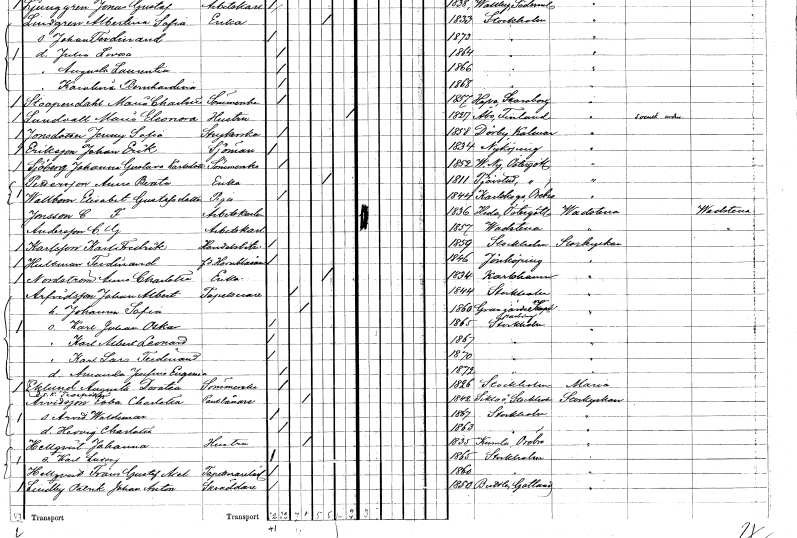
gt_parse: households: individuals: FN: Maria Charlotta
EN: Stoopendahl
YRKE: Sömmerska
KON: K
CIV: O
FODAR: 1857
FODFORS: Hova Skaraborgs län
FN: Maria Eleonora
EN: Lundvall
YRKE: Hustru
KON: K
CIV: X
FODAR: 1827
FN: Jenny Sofia
EN: Jonsdotter
YRKE: Strykerska
KON: K
CIV: O
FODAR: 1858
FODFORS: Dörby Kalmar län
FN: Johan Erik
EN: Eriksson
YRKE: Sjöman
KON: M
CIV: O
FODAR: 1834
FODFORS: Nyköping Södermanlands län
FN: Johanna Gustava
EN: Sjöberg Karlsdotter
YRKE: Sömmerska
KON: K
CIV: O
FODAR: 1852
FODFORS: Västra Ny Östergötlands län
FN: Anna Beata
EN: Pettersson
YRKE: Änka
KON: K
CIV: E
FODAR: 1811
FODFORS: Tjärstad Östergötlands län
FN: Elisabet
EN: Wallbom Gustafsdotter
YRKE: Piga
KON: K
CIV: O
FODAR: 1844
FODFORS: Karlskoga Örebro län
FN: C. F.
EN: Jonsson
YRKE: Arbetskarl
KON: M
CIV: O
FODAR: 1836
FODFORS: Heda Östergötlands län
FN: C. G.
EN: Andersson
YRKE: Arbetskarl
KON: M
CIV: O
FODAR: 1857
FODFORS: Vadstena Östergötlands län
FN: Karl Fredrik
EN: Karlsson
YRKE: Handelsbiträde
KON: M
CIV: O
FODAR: 1859
FODFORS: Stockholm
FN: Ferdinand
EN: Hultman
YRKE: Hornblåsare f.d.
KON: M
CIV: O
FODAR: 1846
FODFORS: Jönköping Jönköpings län
FN: Anna Charlotta
EN: Nordström
YRKE: Änka
KON: K
CIV: E
FODAR: 1834
FODFORS: Karlshamn Blekinge län
FN: Johan Albert
EN: Arfvidsson
YRKE: Tapetserare
KON: M
CIV: G
FODAR: 1844
FODFORS: Stockholm
FN: Johanna Sofia
KON: K
CIV: G
FODAR: 1860
FODFORS: Grangärde Kopparbergs län
FN: Karl Johan Oskar
KON: M
CIV: O
FODAR: 1865
FODFORS: Stockholm
FN: Karl Albert Leonard
KON: M
CIV: O
FODAR: 1867
FODFORS: Stockholm
FN: Karl Lars Ferdinand
KON: M
CIV: O
FODAR: 1870
FODFORS: Stockholm
FN: Amanda Josefina Eugenia
KON: K
CIV: O
FODAR: 1872
FODFORS: Stockholm
FN: Augusta Dorotea
EN: Eklund
YRKE: Sömmerska
KON: K
CIV: O
FODAR: 1826
FODFORS: Stockholm
FN: Ebba Charlotta
EN: Arvidsson
YRKE: Pantlånare
KON: K
CIV: G
FODAR: 1842
FODFORS: Sicklaö Stockholms län
FN: Arvid Waldemar
KON: M
CIV: O
FODAR: 1867
FODFORS: Stockholm
FN: Hedvig Charlotta
KON: K
CIV: O
FODAR: 1863
FODFORS: Stockholm
FN: Johanna
EN: Hellqvist
YRKE: Hustru
KON: K
CIV: G
FODAR: 1835
FODFORS: Kumla Örebro län
FN: Karl Ludvig
KON: M
CIV: O
FODAR: 1865
FODFORS: Stockholm
FN: Frans Gustaf Axel
EN: Hellqvist
YRKE: Tapetserarelärling
KON: M
CIV: O
FODAR: 1860
FODFORS: Stockholm
FN: Patrik Johan Anton
EN: Lindby
YRKE: Skräddare
KON: M
CIV: O
FODAR: 1850
FODFORS: Buttle Gotlands län